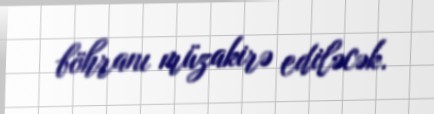
böhranı müzakirə ediləcək.